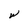
Character: w